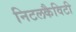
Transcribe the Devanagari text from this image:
निटलकैविटी